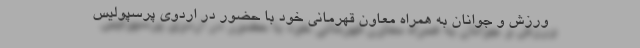
ورزش و جوانان به همراه معاون قهرمانی خود با حضور در اردوی پرسپولیس